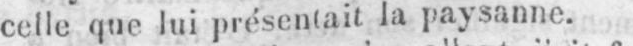
celle que lui présentait la paysanne.